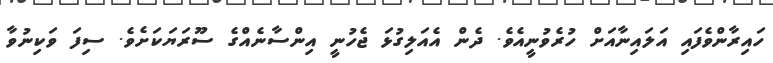
ހައިރާންވެފައި އަލައިނާއަށް ހުރެވުނީއެވެ. ދެން އެއަލިގުޅަ ޖެހުނީ އިންސާނެއްގެ ސޫރަޔަކަށެވެ. ސިފަ ވަކިނުވާ